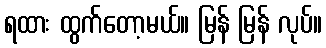
ရထား ထွက်တော့မယ်။ မြန် မြန် လုပ်။